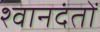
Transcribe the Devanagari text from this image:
श्वानदंतों